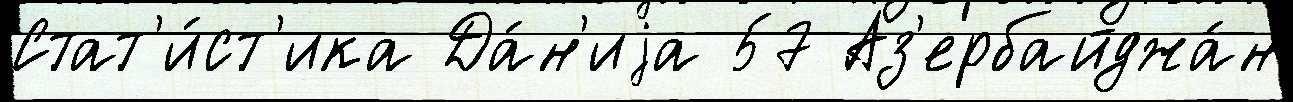
Стат'и́ст'ика Да́н'иjа 57 Аз'ербайджа́н